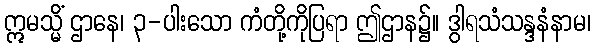
ဣမသ္မိံ ဌာနေ၊ ၃-ပါးသော ကံတို့ကိုပြရာ ဤဌာန၌။ ဒွါရသံသန္ဒနံနာမ၊